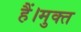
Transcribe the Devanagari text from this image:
हैं।मुक्त